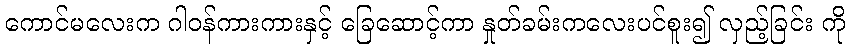
ကောင်မလေးက ဂါဝန်ကားကားနှင့် ခြေဆောင့်ကာ နှုတ်ခမ်းကလေးပင်စူး၍ လှည့်ခြင်း ကို